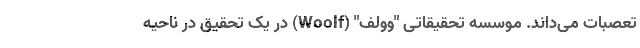
تعصبات می‌داند. موسسه تحقیقاتی "وولف" (Woolf) در یک تحقیق در ناحیه